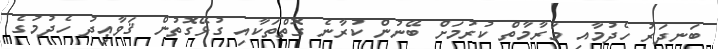
ބަނދަރު ހެދުމާއި މަރާމާތް ކުރުމަށް ބޭނުން ކުރާނެ ގޮތްތަކާއި ގުޅޭގޮތުން ޤަވާޢިދު ހެދުމުގެ